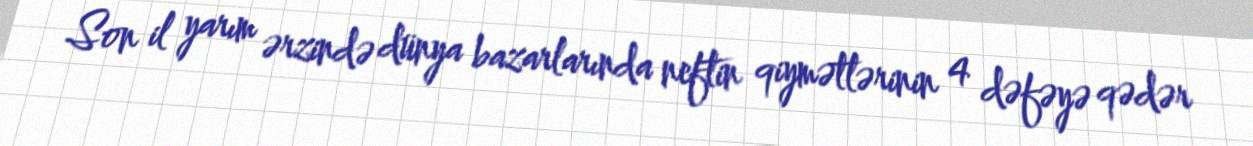
Son il yarım ərzində dünya bazarlarında neftin qiymətlərinin 4 dəfəyə qədər